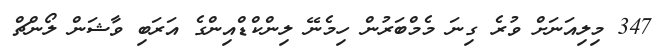
347 މިލިއަނަށް ވުރެ ގިނަ މެމްބަރުން ހިމެނޭ ލިންކްޑްއިންގެ އަރަބި ވާޝަން ލޯންޗް